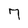
Character: 7